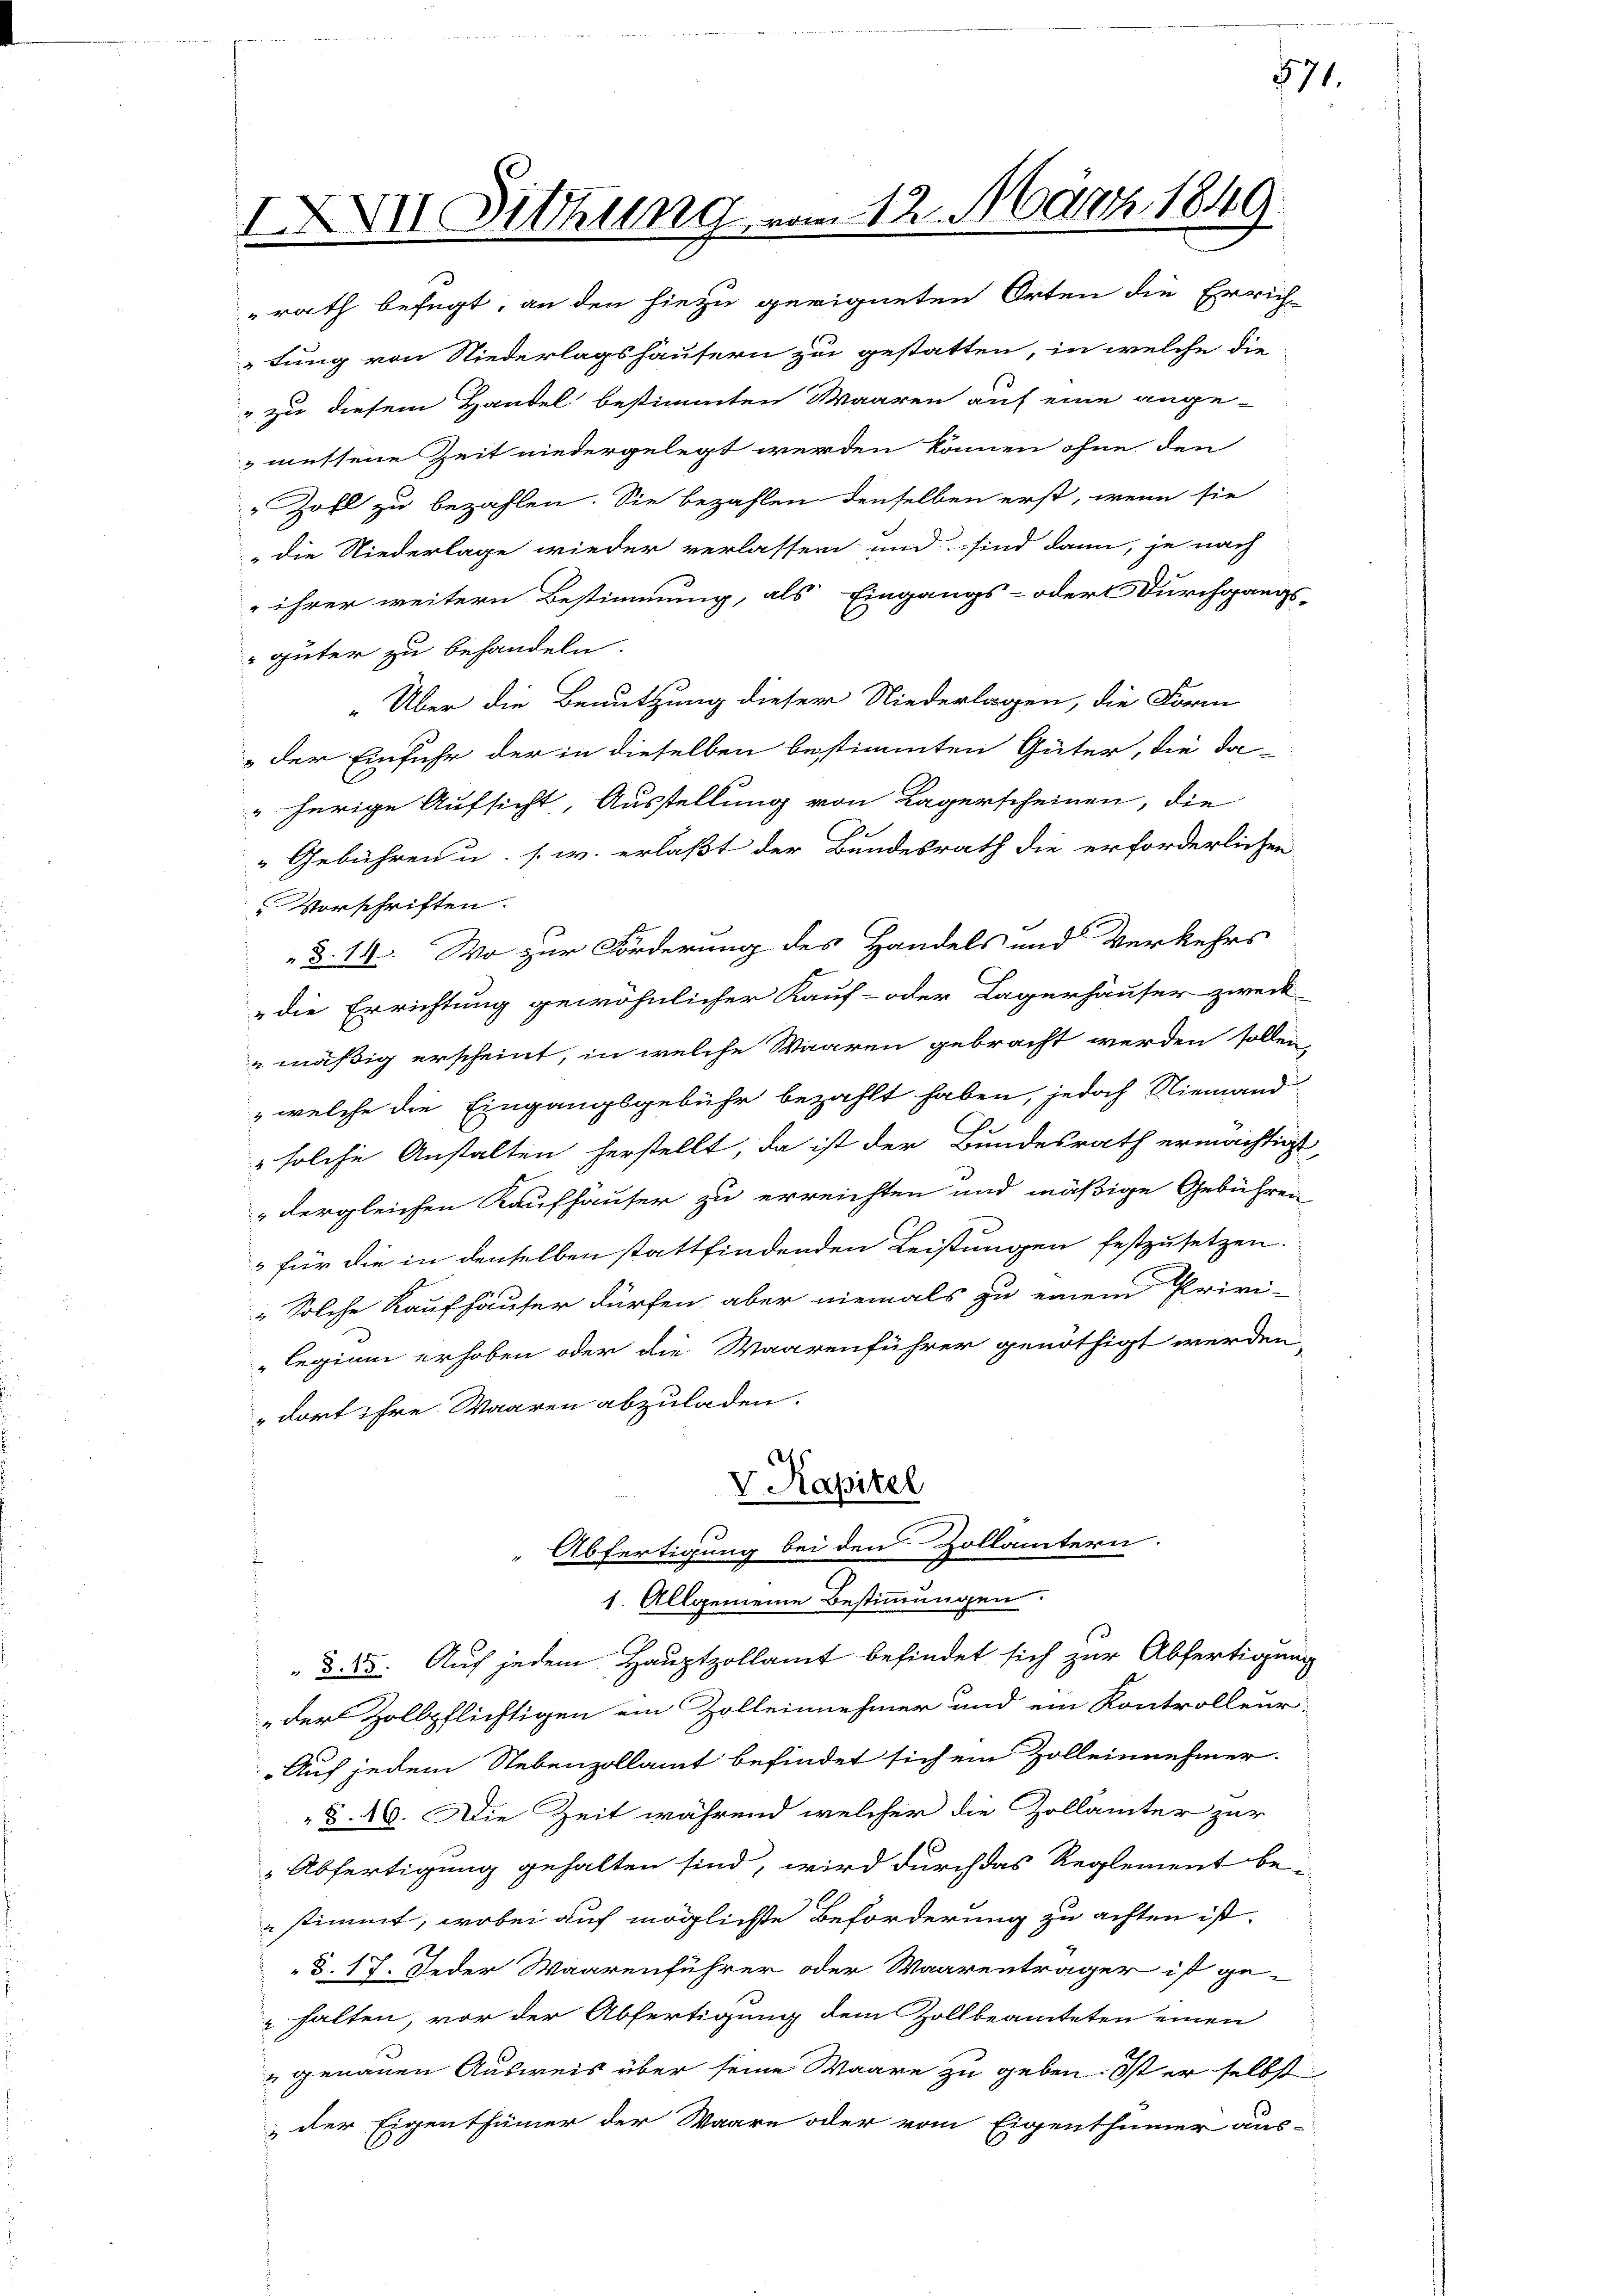
IXXII Sitzung

rath befugt, an den hiezu geeigneten Orten die Errich-
tung von Niederlagshäusern zu gestatten, in welche die
" zu diesem Handel bestimmten Waaren auf eine ange-
messene Zeit niedergelegt werden können ohne den
" Zohl zu bezahlen. Sie bezahlen denselben erst, wenn sie
" die Niederlage wieder verlassen und sind dann, je nach
 ihrer weitern Bestimmung, als Eingangs- oder Durchgangs-
güter zu behandeln.
„Über die Benutzung dieser Niederlagen, die Form
der Einfuhr der in dieselben bestimmten Güter, die da-
" herige Aufsicht, Ausstellung von Lagerscheinen, die
Gebühren u. s. w. erlaßt der Bundesrath die erforderlichen
 Vorschriften.
§.14. Wo zur Förderung des Handels und Verkehrs
„die Errichtung gewöhnlicher Kauf- oder Lagerhäuser zweck-
mäßig erscheint, in welche Waaren gebracht werden sollen,
,welche die Eingangsgebühr bezahlt haben, jedoch Niemand
" solche Anstalten herstellt, da ist der Bundesrath ermächtigt,
dergleichen Kaufhäuser zu erreichten und mäßige Gebühren
3 für die in denselben stattfindenden Leistungen festzusetzen.
" Solche Kaufhäuser dürfen, aber niemals zu einem Privi-
legium erhoben oder die Waarenführer genöthigt werden,
dort ihre Waaren abzuladen.
v. Kapitel
Abfertigung bei den Zollämtern.
1. Allgemeine Bestimmungen:
l
 d. 25. Auf jedem Hauptzollamt befindet sich zur Abfertigung
der Zollpflichtigen ein Zolleinnehmer und ein Kontrolleur
Auf jedem Nebenzollamt befindet sich ein Zolleinnehmer.
§. 46. Die Zeit während welcher die Zollämter zur
Abfertigung gehalten sind, wird durch das Reglement be-
stimmt, wobei auf möglichte Beförderung zu achten ist.
§. 17. Jeder Waarenführer oder Waarenträger ist gehalten, vor der Abfertigung dem Zollbeamteten einen
" genauen Ausweis über seine Waare zu geben: Ist er selbst
der Eigenthümer der Waare oder vom Eigenthümer aus-

vom 12. März 1840.

571.